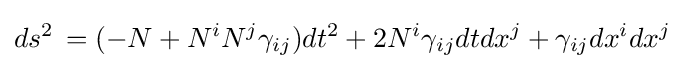
ds^{2}\,=(-N+N^{i}N^{j}\gamma _{ij})dt^{2}+2N^{i}\gamma _{ij}dtdx^{j}+\gamma _{ij}dx^{i}dx^{j}